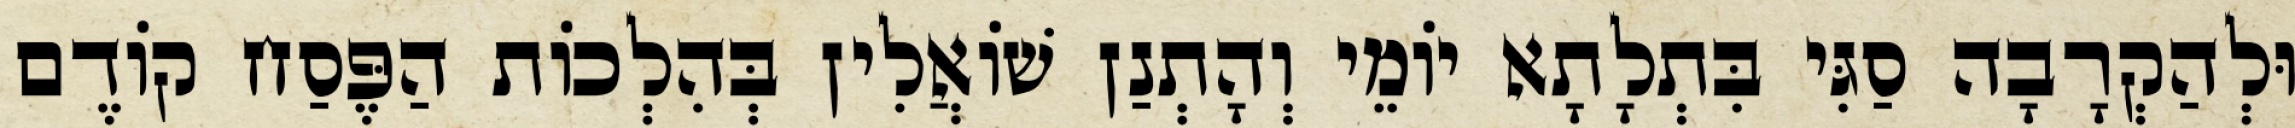
וּלְהַקְרָבָה סַגִּי בִּתְלָתָא יוֹמֵי וְהָתְנַן שׁוֹאֲלִין בְּהִלְכוֹת הַפֶּסַח קוֹדֶם